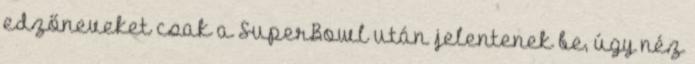
edzőneveket csak a SuperBowl után jelentenek be, úgy néz